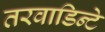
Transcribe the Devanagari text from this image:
तरवाडिन्टे